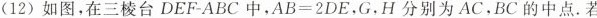
(12) 如图，在三棱台DEF-ABC中，$$A B= 2 D E$$，G，H分别为AC，BC的中点。若